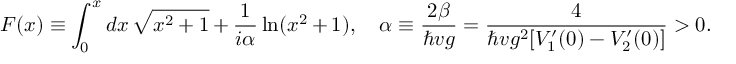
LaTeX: F ( x ) \equiv \int _ { 0 } ^ { x } d x \, \sqrt { x ^ { 2 } + 1 } + { \frac { 1 } { i \alpha } } \ln ( x ^ { 2 } + 1 ) , \quad \alpha \equiv { \frac { 2 \beta } { \hbar v g } } = { \frac { 4 } { \hbar v g ^ { 2 } [ V _ { 1 } ^ { \prime } ( 0 ) - V _ { 2 } ^ { \prime } ( 0 ) ] } } > 0 .